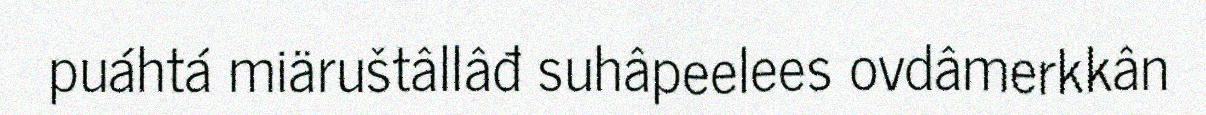
puáhtá miäruštâllâđ suhâpeelees ovdâmerkkân